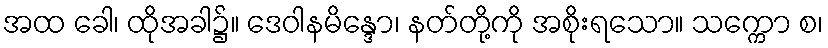
အထ ခေါ၊ ထိုအခါ၌။ ဒေဝါနမိန္ဒော၊ နတ်တို့ကို အစိုးရသော။ သက္ကော စ၊